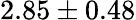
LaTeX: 2.85\pm 0.48